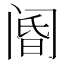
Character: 阍